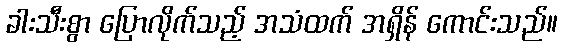
ခါးသီးစွာ ပြောလိုက်သည့် အသံထက် အရှိန် ကောင်းသည်။